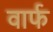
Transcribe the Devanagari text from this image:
वार्फ